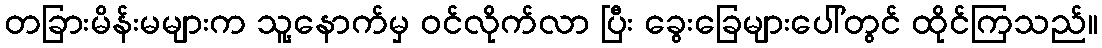
တခြားမိန်းမများက သူ့နောက်မှ ဝင်လိုက်လာ ပြီး ခွေးခြေများပေါ်တွင် ထိုင်ကြသည်။